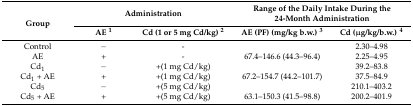
<table><thead><tr><td rowspan="2"><b>Group</b></td><td colspan="2"><b>Administration</b></td><td colspan="2"><b>Range of the Daily Intake During the 24-Month Administration</b></td></tr><tr><td><b>AE <sup>1</sup></b></td><td><b>Cd (1 or 5 mg Cd/kg) <sup>2</sup></b></td><td><b>AE (PF) (mg/kg b.w.) <sup>3</sup></b></td><td><b>Cd (μg/kg/b.w.) <sup>4</sup></b></td></tr></thead><tbody><tr><td>Control</td><td>−</td><td>-</td><td></td><td>2.30–4.98</td></tr><tr><td>AE</td><td>+</td><td>-</td><td>67.4–146.6 (44.3–96.4)</td><td>2.25–4.95</td></tr><tr><td>Cd<sub>1</sub></td><td>−</td><td>+(1 mg Cd/kg)</td><td></td><td>39.2–83.8</td></tr><tr><td>Cd<sub>1</sub> + AE</td><td>+</td><td>+(1 mg Cd/kg)</td><td>67.2–154.7 (44.2–101.7)</td><td>37.5–84.9</td></tr><tr><td>Cd<sub>5</sub></td><td>−</td><td>+(5 mg Cd/kg)</td><td></td><td>210.1–403.2</td></tr><tr><td>Cd<sub>5</sub> + AE</td><td>+</td><td>+(5 mg Cd/kg)</td><td>63.1–150.3 (41.5–98.8)</td><td>200.2–401.9</td></tr></tbody></table>